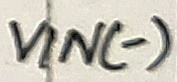
Text: VIN(-)